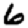
Digit: 6